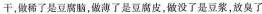
干，做稀了是豆腐脑，做薄了是豆腐皮，做没了是豆浆，放臭了